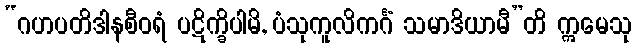
“ဂဟပတိဒါနစီဝရံ ပဋိက္ခိပါမိ, ပံသုကူလိကင်္ဂံ သမာဒိယာမီ”တိ ဣမေသု